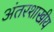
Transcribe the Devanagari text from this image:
अंतरशाखीय